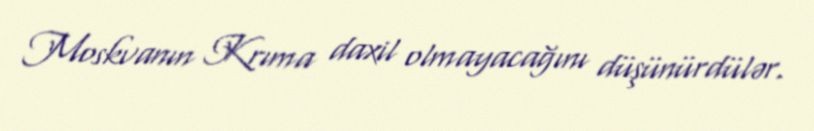
Moskvanın Krıma daxil olmayacağını düşünürdülər.